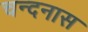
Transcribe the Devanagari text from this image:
चन्दनास